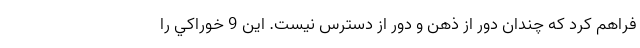
فراهم کرد که چندان دور از ذهن و دور از دسترس نیست. اين 9 خوراكي را